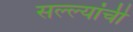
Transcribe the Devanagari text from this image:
सल्ल्यांची